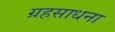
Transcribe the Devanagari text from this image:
ग्रहसाधना